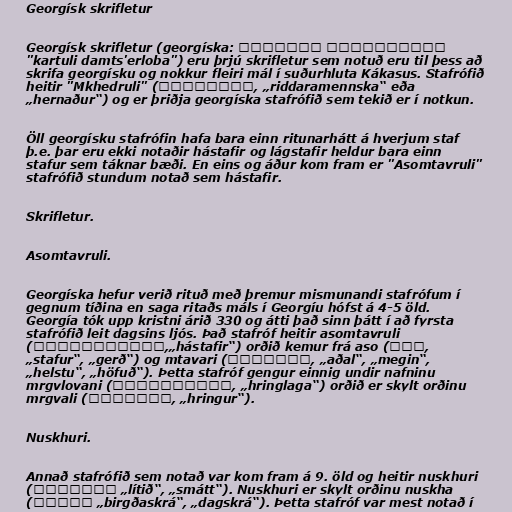
Georgísk skrifletur

Georgísk skrifletur (georgíska: ქართული დამწერლობა
"kartuli damts'erloba") eru þrjú skrifletur sem notuð eru til þess að
skrifa georgísku og nokkur fleiri mál í suðurhluta Kákasus. Stafrófið
heitir "Mkhedruli" (მხედრული, „riddaramennska“ eða
„hernaður“) og er þriðja georgíska stafrófið sem tekið er í notkun.

Öll georgísku stafrófin hafa bara einn ritunarhátt á hverjum staf
þ.e. þar eru ekki notaðir hástafir og lágstafir heldur bara einn
stafur sem táknar bæði. En eins og áður kom fram er "Asomtavruli"
stafrófið stundum notað sem hástafir.

Skrifletur.

Asomtavruli.

Georgíska hefur verið rituð með þremur mismunandi stafrófum í
gegnum tíðina en saga ritaðs máls í Georgíu hófst á 4-5 öld.
Georgía tók upp kristni árið 330 og átti það sinn þátt í að fyrsta
stafrófið leit dagsins ljós. Það stafróf heitir asomtavruli
(ასომთავრული,„hástafir“) orðið kemur frá aso (ასო,
„stafur“, „gerð“) og mtavari (მთავარი, „aðal“, „megin“,
„helstu“, „höfuð“). Þetta stafróf gengur einnig undir nafninu
mrgvlovani (მრგვლოვანი, „hringlaga“) orðið er skylt orðinu
mrgvali (მრგვალი, „hringur“).

Nuskhuri.

Annað stafrófið sem notað var kom fram á 9. öld og heitir nuskhuri
(ნუსხური „lítið“, „smátt“). Nuskhuri er skylt orðinu nuskha
(ნუსხა „birgðaskrá“, „dagskrá“). Þetta stafróf var mest notað í